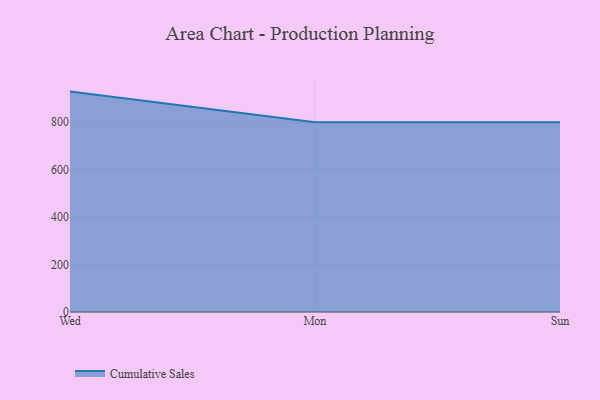
{"axis": {"x": "Day", "y": "Active Users"}, "legend": ["Cumulative Sales"], "data": [{"x": "Wed", "y": 929.0, "type": "Cumulative Sales"}, {"x": "Mon", "y": 800, "type": "Cumulative Sales"}, {"x": "Sun", "y": 800, "type": "Cumulative Sales"}]}